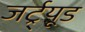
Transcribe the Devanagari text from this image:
जर्ट्र्यूड